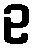
ဥ